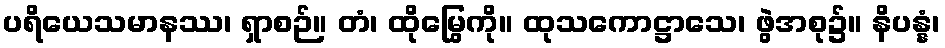
ပရိယေသမာနဿ၊ ရှာစဉ်။ တံ၊ ထိုမြွေကို။ ထုသကောဋ္ဌာသေ၊ ဖွဲအစု၌။ နိပန္နံ၊